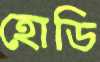
হোডি